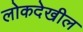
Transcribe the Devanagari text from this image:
लोकदेखील